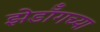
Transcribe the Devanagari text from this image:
झेडॉँगच्या